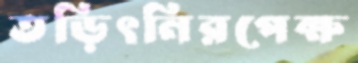
তড়িৎনিরপেক্ষ